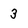
Character: 3